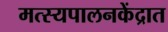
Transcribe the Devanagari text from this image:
मत्स्यपालनकेंद्रात